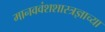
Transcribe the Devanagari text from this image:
मानववंशशास्त्रज्ञाच्या